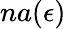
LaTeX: na(\epsilon)